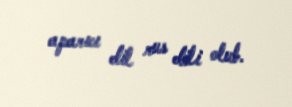
aparıcı dil rus dili olub.